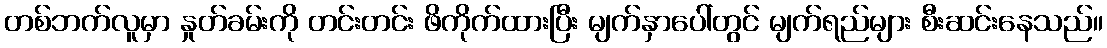
တစ်ဘက်လူမှာ နှုတ်ခမ်းကို တင်းတင်း ဖိကိုက်ထားပြီး မျက်နှာပေါ်တွင် မျက်ရည်များ စီးဆင်းနေသည်။